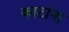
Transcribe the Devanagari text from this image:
काठांना